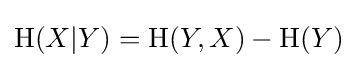
\mathrm {H} (X|Y)=\mathrm {H} (Y,X)-\mathrm {H} (Y)